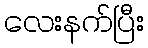
လေးနက်ပြီး